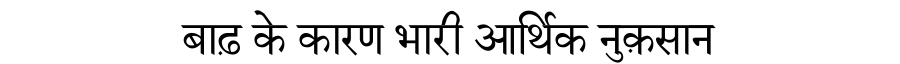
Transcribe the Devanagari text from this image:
बाढ़ के कारण भारी आर्थिक नुक़सान